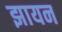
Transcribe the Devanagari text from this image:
झायन